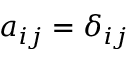
a _ { i j } = \delta _ { i j }